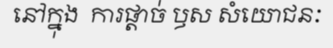
នៅក្នុង  ការផ្តាច់ ឫស សំយោជនៈ